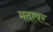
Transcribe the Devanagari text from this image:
मदावर